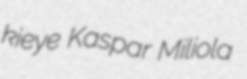
kieye Kaspar Miliola